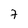
Character: 7